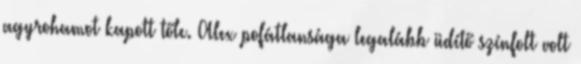
agyrohamot kapott tőle. Alex pofátlansága legalább üdítő színfolt volt